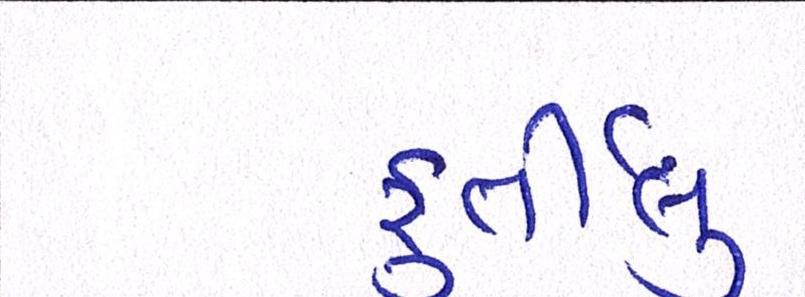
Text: ફુર્તીલુ